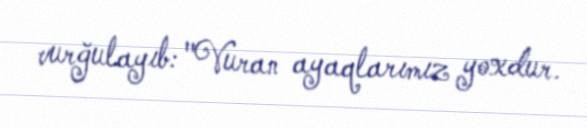
vurğulayıb: "Vuran ayaqlarımız yoxdur.